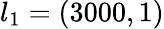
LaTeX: l_{1}=(3000,1)